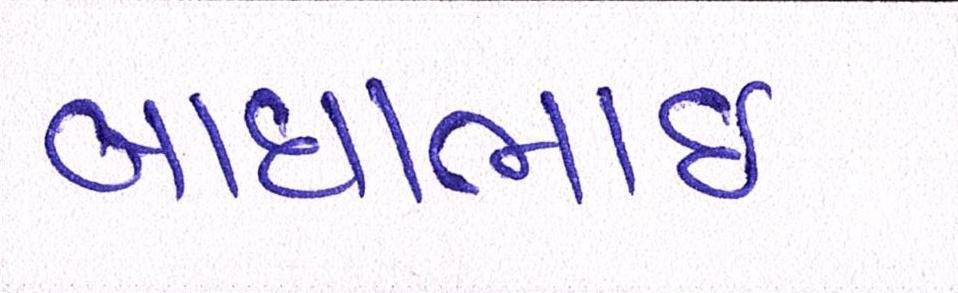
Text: બાઘાભાઇ